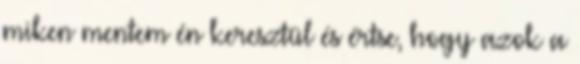
miken mentem én keresztül és értse, hogy azok a